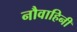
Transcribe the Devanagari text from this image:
नौवाहिनी